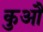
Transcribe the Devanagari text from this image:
कुऔ